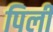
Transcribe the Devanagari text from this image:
पिलीं